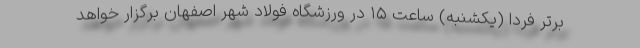
برتر فردا (یکشنبه) ساعت ۱۵ در ورزشگاه فولاد شهر اصفهان برگزار خواهد